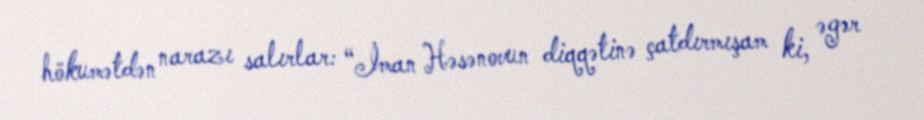
hökumətdən narazı salırlar: “İman Həsənovun diqqətinə çatdırmışam ki, əgər